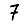
Digit: 7